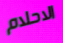
الاحلام